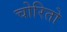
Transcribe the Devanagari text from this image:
चोरितो